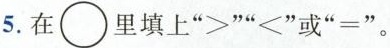
5.在\bigcirc里填上“>”“＜”或“=”。